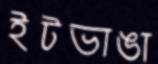
ইটভাঙা